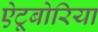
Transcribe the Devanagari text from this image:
ऐटूबोरिया